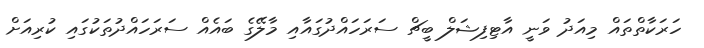
ހަރަކާތްތައް މިއަދު ވަނީ އާޓިފިޝަލް ބީޗް ސަރަހައްދުގައާއި މާލޭގެ ބައެއް ސަރަހައްދުތަކުގައި ކުރިއަށް